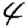
Digit: 4